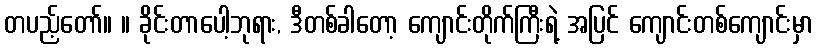
တပည့်တော်။ ။ ခိုင်းတာပေါ့ဘုရား, ဒီတစ်ခါတော့ ကျောင်းတိုက်ကြီးရဲ့ အပြင် ကျောင်းတစ်ကျောင်းမှာ